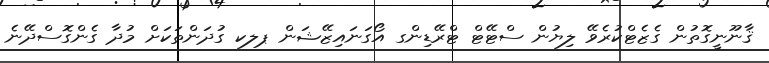
ޤާނޫނީގޮތުން ގެޒެޓްކުރެވޭ ލިޔުން ސްޓޭޓް ޓްރޭޑިންގ އޯގަނައިޒޭޝަން ޕލކ ގުދަންތަކަށް މުދާ ގެންގޮސްދޭނެ